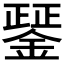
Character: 𨪱